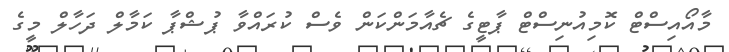
މާއޯއިސްޓް ކޮމިއުނިސްޓް ޕާޓީގެ ޗެއާމަންކަން ވެސް ކުރައްވާ ޕުޝްޕާ ކަމާލް ދަހާލް މީގެ